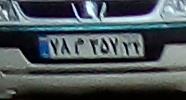
۷۸م۳۵۷۲۴